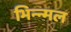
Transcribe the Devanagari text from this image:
भिन्न्मल